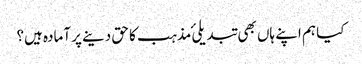
کیا ہم اپنے ہاں بھی تبدیلیٔ مذہب کا حق دینے پر آمادہ ہیں؟